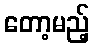
တော့မည့်